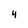
Character: 4